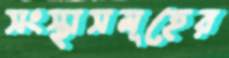
সংস্থাসমূহের